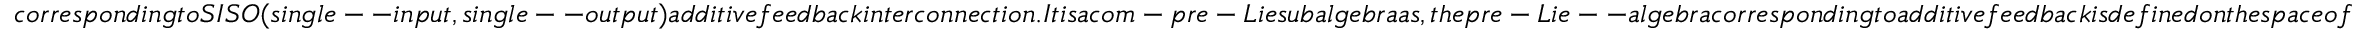
c o r r e s p o n d i n g t o S I S O ( s i n g l e -- i n p u t , s i n g l e -- o u t p u t ) a d d i t i v e f e e d b a c k i n t e r c o n n e c t i o n . I t i s a c o m - p r e - L i e s u b a l g e b r a a s , t h e p r e - L i e -- a l g e b r a c o r r e s p o n d i n g t o a d d i t i v e f e e d b a c k i s d e f i n e d o n t h e s p a c e o f